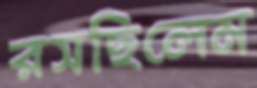
রসছিলেম